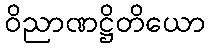
ဝိညာဏဋ္ဌိတိယော